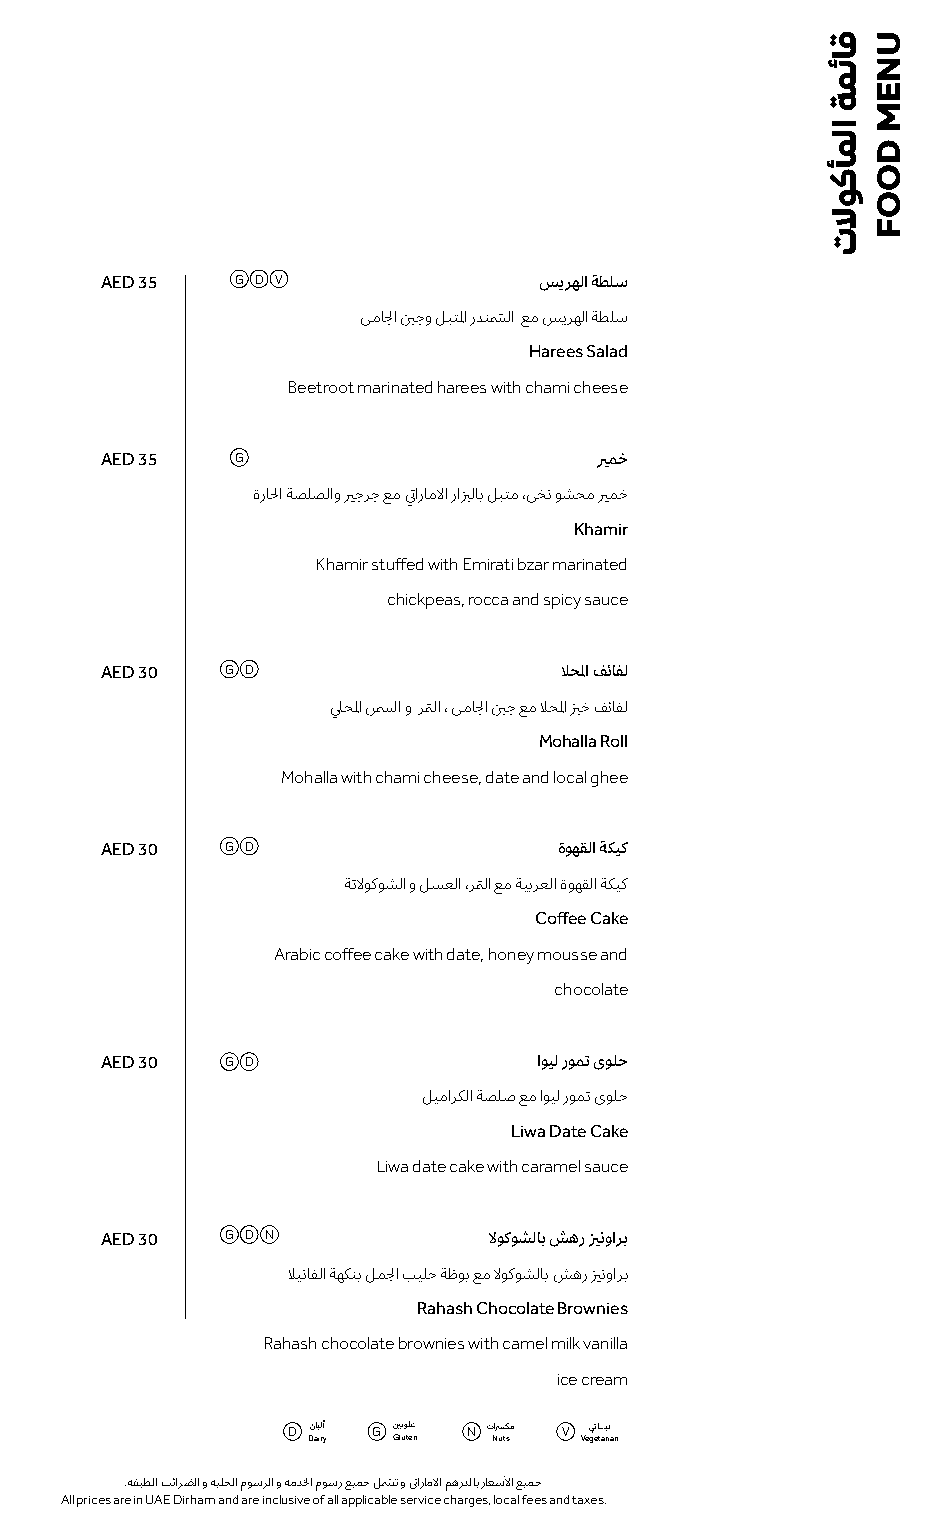
G D V
 AED 35                       سيرهلا ةطلس
 يما�لبا ي�ف�بحبو لبتلما ردنم�شلا عم سيرهلا ةطلس
 Harees Salad
 Beetroot marinated harees with chami cheese
 AED 35   G                       ر�يمخ
 ةرا�لا ةصلصلاو ر��حبرحب عم ي���تاراملاا رارف�بلاب لبتم ،يخن وشحم ر��مخ
 Khamir
 Khamir stuffed with Emirati bzar marinated
 chickpeas, rocca and spicy sauce
 AED 30  G D                   لاحلما ف�ئافل
 ��لحلما نم�لا و رمت�لا ، يما�لبا ي�ف�بحب عم لاحلما يرف�بخ ف�ئافل
 Mohalla Roll
 Mohalla with chami cheese, date and local ghee
 G D
 AED 30                        ةوهقلا ةكيك
 ةتلاوكوشلا و لسعلا ،رمت�لا عم ةيبرعلا ةوهقلا ةكيك
 Coffee Cake
 Arabic coffee cake with date, honey mousse and
 chocolate
 AED 30  G D                  اويل رومت ىولح
 ليماركلا ةصلص عم اويل رومت ىولح
 Liwa Date Cake
 Liwa date cake with caramel sauce
 G D N
 AED 30                   لاوكوشلاب شهر زر��ينوارب
 لاينافلا ةهكنب لم�لبا بيلح ةظوب عم لاوكوشلاب شهر يرف��نوارب
 Rahash Chocolate Brownies
 Rahash chocolate brownies with camel milk vanilla
 ice cream
 D نابلأ G ينتولغ N تاسركم V تياــــــبن
 Dairy Gluten Nuts Vegetarian
 .ةقبطلما ب�ئارضلا و ةيلحلما موسرلا و ةمد�فلا موسر عيمحب لم�شت و ي���تاراملاا مهردلاب راعسلأا عيمحب
 All prices are in UAE Dirham and are inclusive of all applicable service charges, local fees and taxes.
 قائمة
 المأكولات
 UNEM
 DOOF